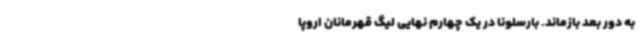
به دور بعد بازماند. بارسلونا در یک چهارم نهایی لیگ قهرمانان اروپا